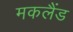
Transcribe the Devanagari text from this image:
मकलैंड